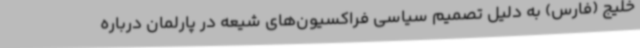
خلیج (فارس) به دلیل تصمیم سیاسی فراکسیون‌های شیعه در پارلمان درباره